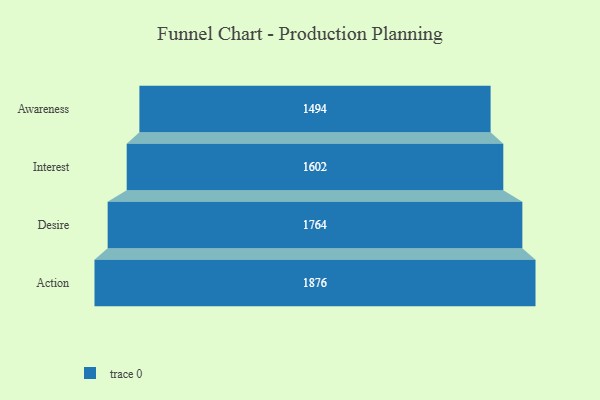
{"axis": {"x": "Stage", "y": "Value"}, "legend": [""], "data": [{"x": "Awareness", "y": 1494.0, "type": ""}, {"x": "Interest", "y": 1602.0, "type": ""}, {"x": "Desire", "y": 1764.0, "type": ""}, {"x": "Action", "y": 1876.0, "type": ""}]}